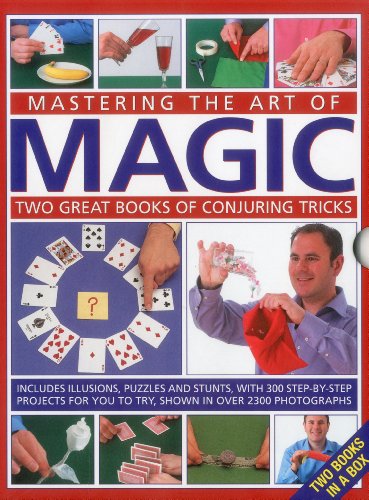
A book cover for Mastering the Art of Magic: Two great books of conjuring tricks: includes illusions, puzzles and stunts with 300 step-by-step projects for you to try, shown in over 2300 photographs; Nicholas Einhorn; Humor & Entertainment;